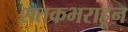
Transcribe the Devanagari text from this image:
शतकभराहून